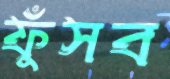
ফুঁসব